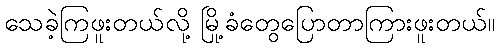
သေခဲ့ကြဖူးတယ်လို့ မြို့ခံတွေပြောတာကြားဖူးတယ်။